Vaccination in the Punjab 1897-1904 - 1897-1904
Year: 1897
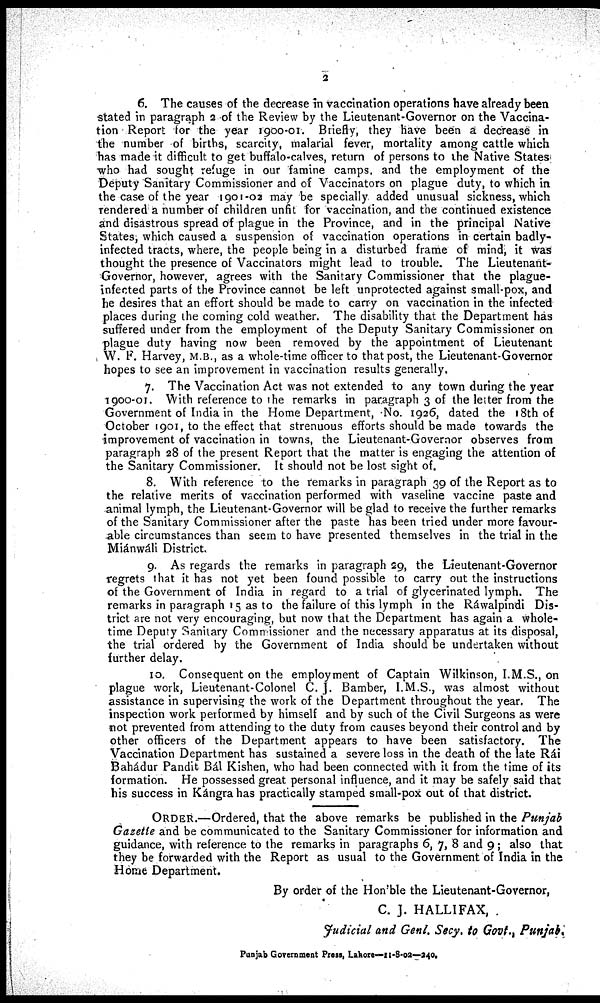
2
6. The causes of the decrease in vaccination operations have already been
stated in paragraph 2 of the Review by the Lieutenant-Governor on the Vaccina-
tion Report for the year 1900-01. Briefly, they have been a decrease in
the number of births, scarcity, malarial fever, mortality among cattle which
has made it difficult to get buffalo-calves, return of persons to the Native States
who had sought refuge in our famine camps, and the employment of the
Deputy Sanitary Commissioner and of Vaccinators on plague duty, to which in
the case of the year 1901-02 may be specially added unusual sickness, which
rendered a number of children unfit for vaccination, and the continued existence
and disastrous spread of plague in the Province, and in the principal Native
States, which caused a suspension of vaccination operations in certain badly-
infected tracts, where, the people being in a disturbed frame of mind, it was
thought the presence of Vaccinators might lead to trouble. The Lieutenant-
Governor, however, agrees with the Sanitary Commissioner that the plague-
infected parts of the Province cannot be left unprotected against small-pox, and
he desires that an effort should be made to carry on vaccination in the infected
places during the coming cold weather. The disability that the Department has
suffered under from the employment of the Deputy Sanitary Commissioner on
plague duty having now been removed by the appointment of Lieutenant
W. F. Harvey, M.B., as a whole-time officer to that post, the Lieutenant-Governor
hopes to see an improvement in vaccination results generally.
7. The Vaccination Act was not extended to any town during the year
1900-01. With reference to the remarks in paragraph 3 of the letter from the
Government of India in the Home Department, No. 1926, dated the 18th of
October 1901, to the effect that strenuous efforts should be made towards the
improvement of vaccination in towns, the Lieutenant-Governor observes from
paragraph 28 of the present Report that the matter is engaging the attention of
the Sanitary Commissioner. It should not be lost sight of.
8. With reference to the remarks in paragraph 39 of the Report as to
the relative merits of vaccination performed with vaseline vaccine paste and
animal lymph, the Lieutenant-Governor will be glad to receive the further remarks
of the Sanitary Commissioner after the paste has been tried under more favour-
able circumstances than seem to have presented themselves in the trial in the
Miánwáli District.
9. As regards the remarks in paragraph 29, the Lieutenant-Governor
regrets that it has not yet been found possible to carry out the instructions
of the Government of India in regard to a trial of glycerinated lymph. The
remarks in paragraph 15 as to the failure of this lymph in the Ráwalpindi Dis-
trict are not very encouraging, but now that the Department has again a whole-
time Deputy Sanitary Commissioner and the necessary apparatus at its disposal,
the trial ordered by the Government of India should be undertaken without
further delay.
10. Consequent on the employment of Captain Wilkinson, I.M.S., on
plague work, Lieutenant-Colonel C. J. Bamber, I.M.S., was almost without
assistance in supervising the work of the Department throughout the year. The
inspection work performed by himself and by such of the Civil Surgeons as were
not prevented from attending to the duty from causes beyond their control and by
other officers of the Department appears to have been satisfactory. The
Vaccination Department has sustained a severe loss in the death of the late Rái
Bahádur Pandit Bál Kishen, who had been connected with it from the time of its
formation. He possessed great personal influence, and it may be safely said that
his success in Kángra has practically stamped small-pox out of that district.
ORDER.—Ordered, that the above remarks be published in the Punjab
Gazette and be communicated to the Sanitary Commissioner for information and
guidance, with reference to the remarks in paragraphs 6, 7, 8 and 9; also that
they be forwarded with the Report as usual to the Government of India in the
Home Department.
By order of the Hon ble the Lieutenant-Governor,
C. J. HALLIFAX,
Judicial and Genl. Secy. to Govt., Punjab.
Punjab Government Press, Lahore—11-8-02—240.